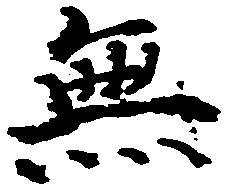
無